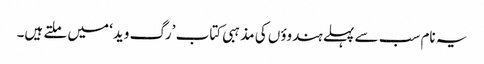
یہ نام سب سے پہلے ہندوؤں کی مذہبی کتاب ’رگ وید‘ میں ملتے ہیں۔